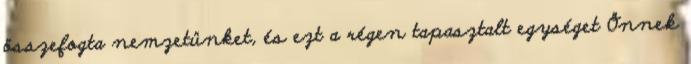
összefogta nemzetünket, és ezt a régen tapasztalt egységet Önnek